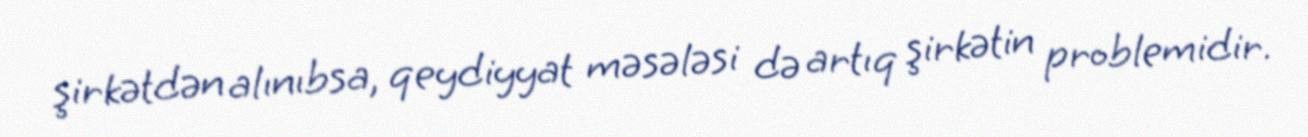
şirkətdən alınıbsa, qeydiyyat məsələsi də artıq şirkətin problemidir.